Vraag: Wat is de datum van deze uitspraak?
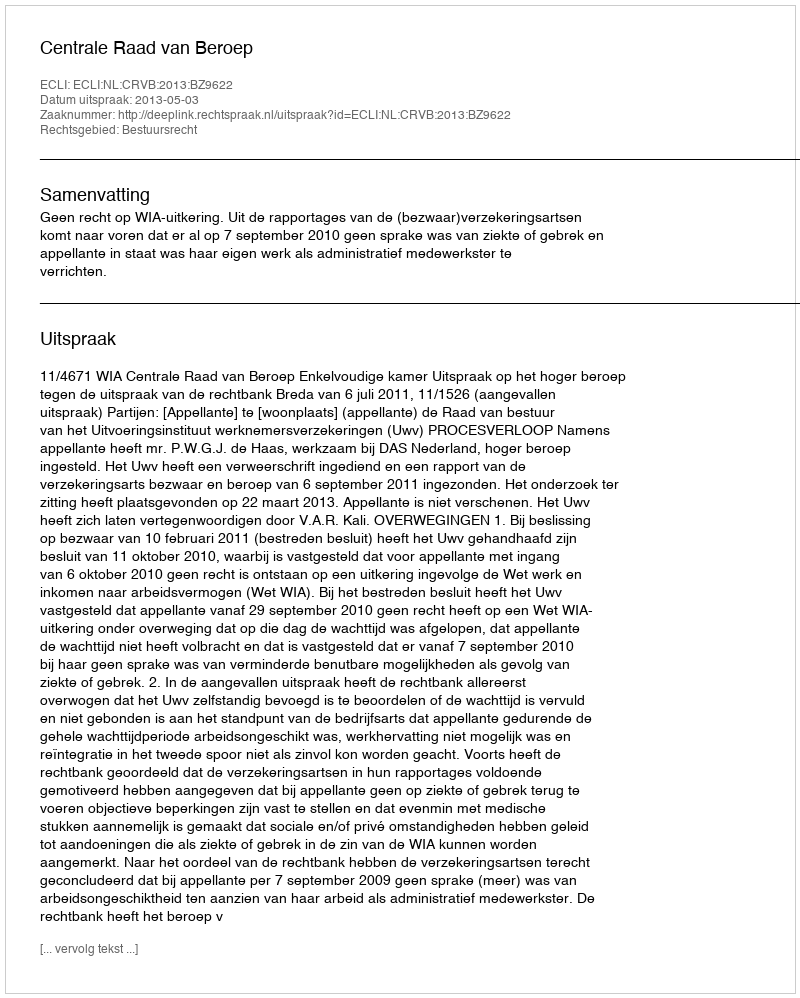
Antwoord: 2013-05-03